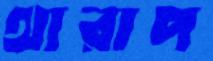
থারাপ